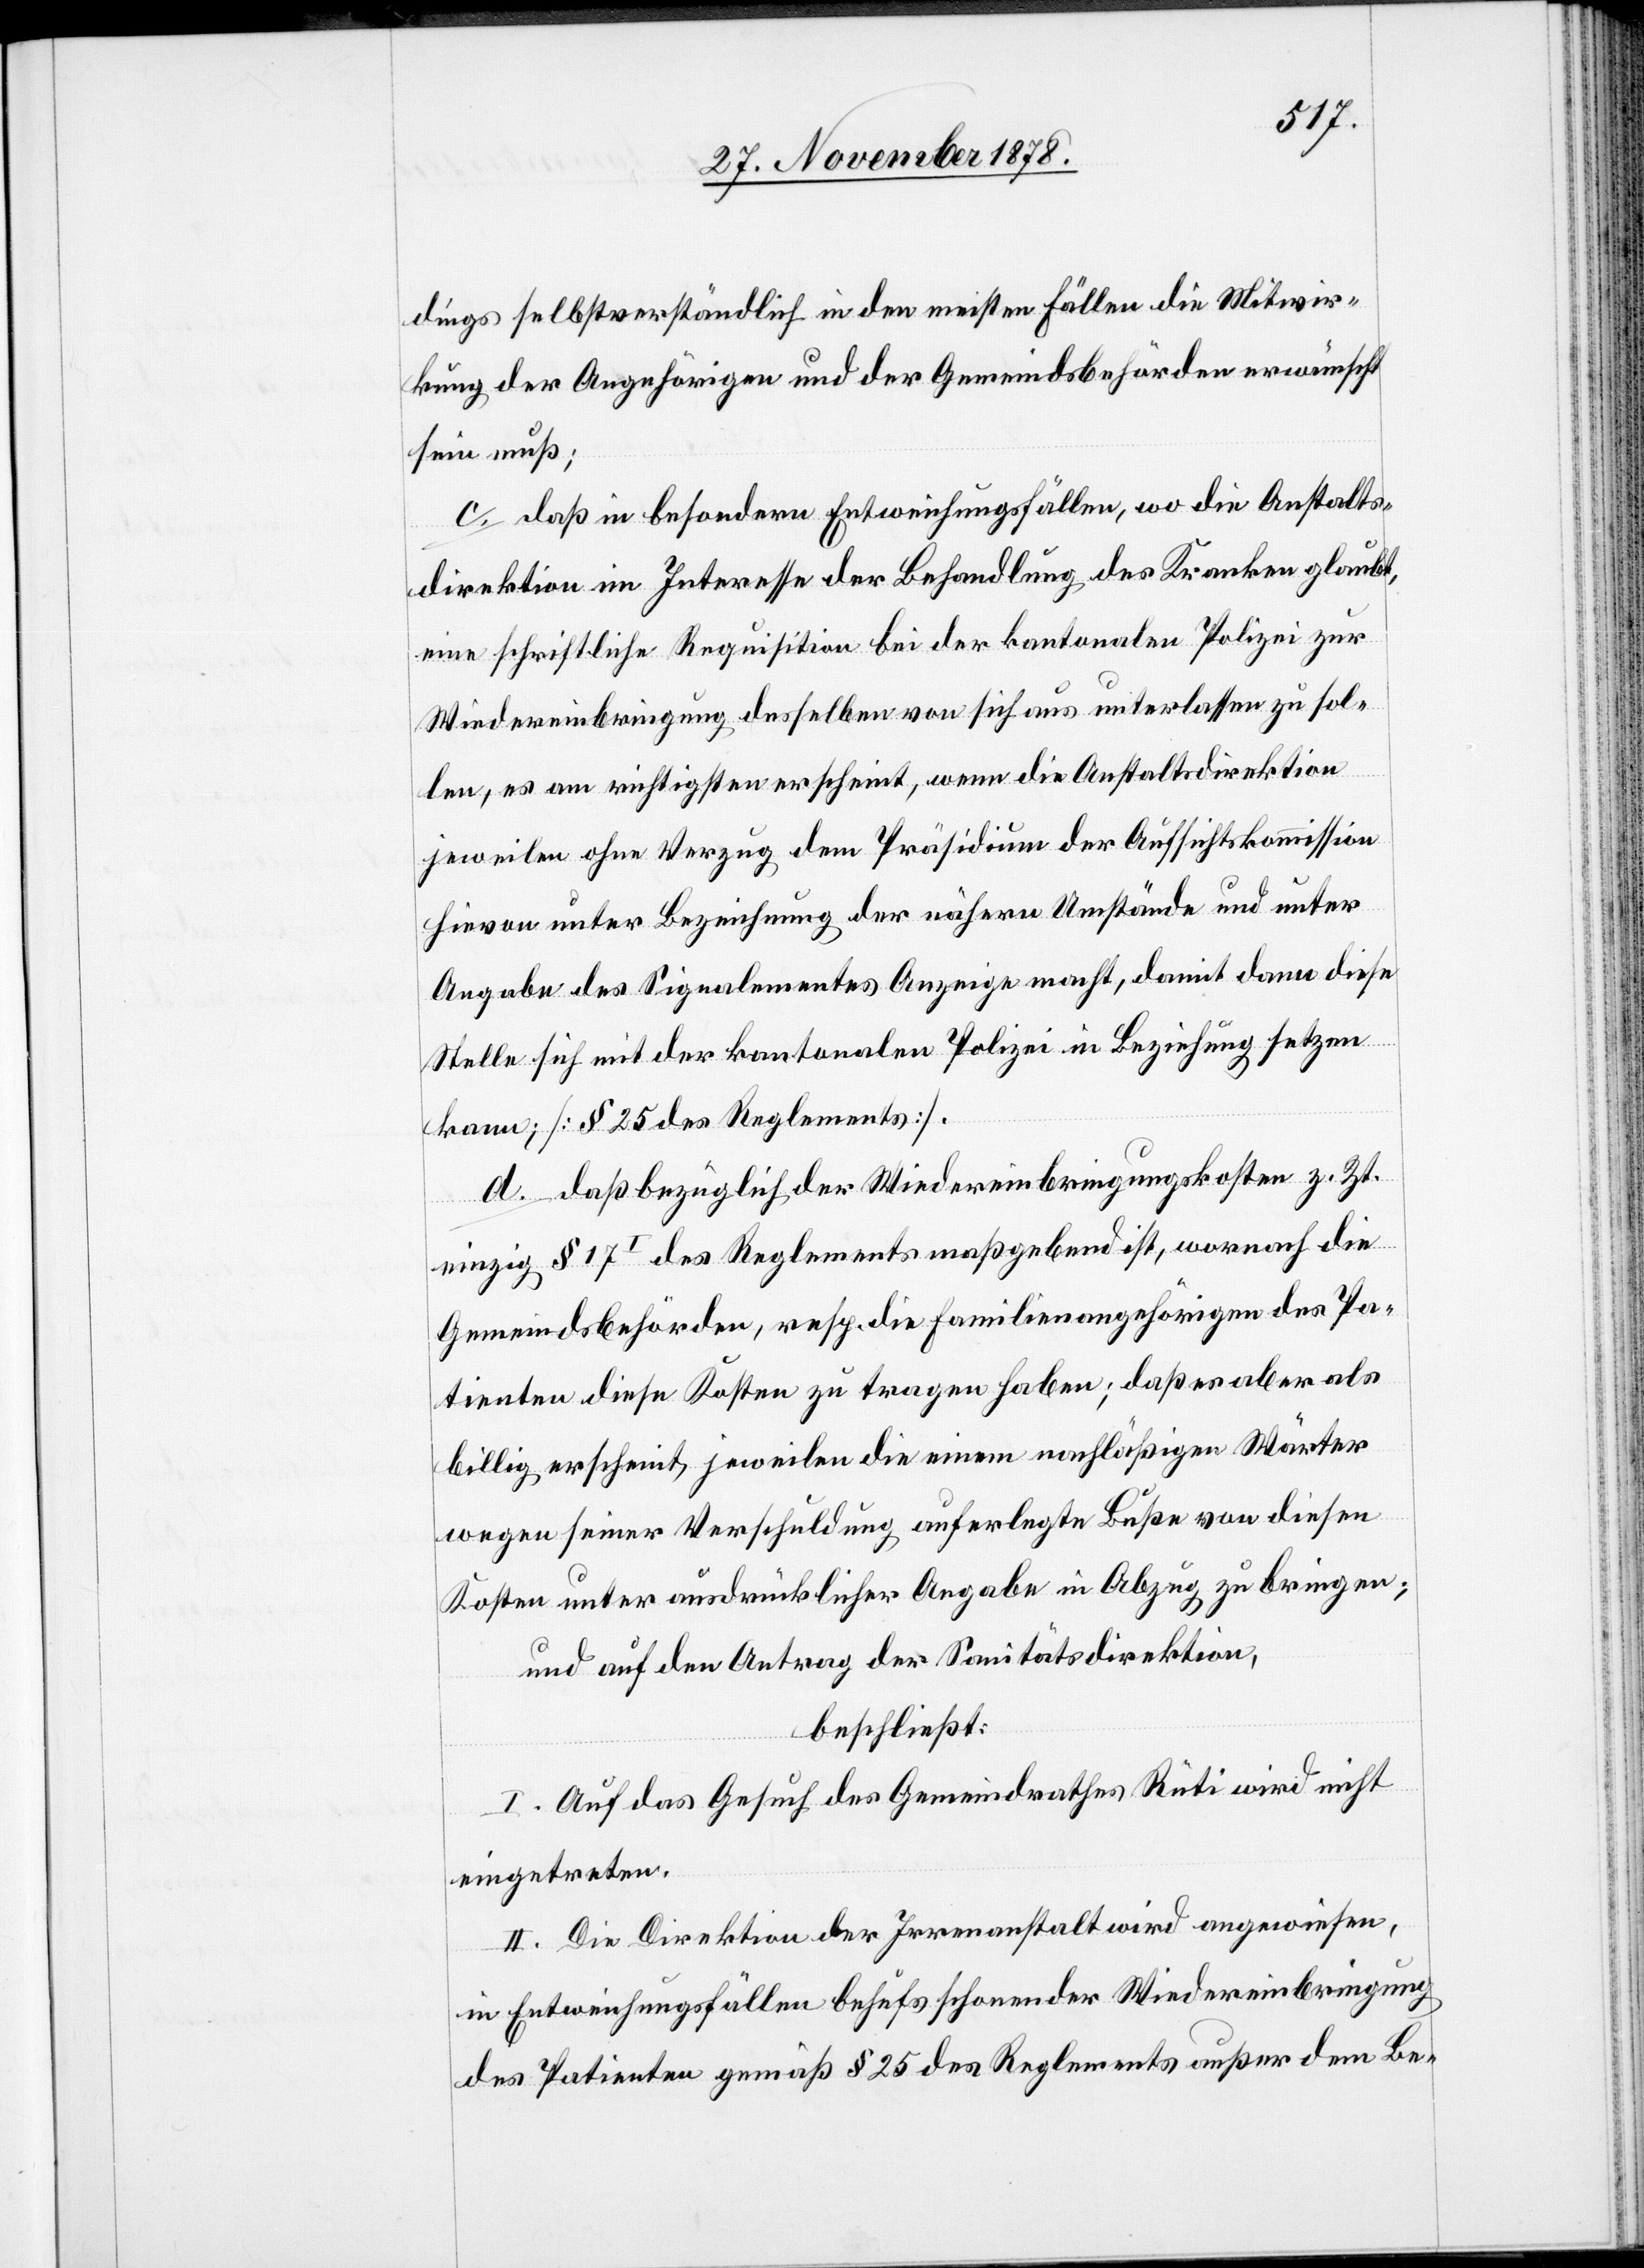
dings selbstverständlich in den meisten Fällen die Mitwir¬
kung der Angehörigen und der Gemeindsbehörden erwünscht
sein muß;
c. daß in besondern Entweichungsfällen, wo die Anstalts¬
direktion im Interesse der Behandlung der Kranken glaubt,
eine schriftliche Requisition bei der kantonalen Polizei zur
Wiedereinbringung desselben von sich aus unterlassen zu sol¬
len, es am richtigsten erscheint, wenn die Anstaltsdirektion
jeweilen ohne Verzug dem Präsidium der Aufsichtskommission
hievon unter Bezeichnung der nähern Umstände und unter
Angabe des Signalementes Anzeige macht, damit dann diese
Stelle sich mit der kantonalen Polizei in Beziehung setzen
kann [§ 25 des Reglements].
d. daß bezüglich der Wiedereinbringungskosten z. Zt.
einzig § 17I des Reglements maßgebend ist, wornach die
Gemeindsbehörden, resp. die Familienangehörigen des Pa¬
tienten diese Kosten zu tragen haben; daß es aber als
billig erscheint, jeweilen die einen nachlässigen Wärter
wegen seiner Verschuldung auferlegte Buße von diesen
Kosten unter ausdrücklicher Angabe in Abzug zu bringen;
und auf den Antrag der Sanitätsdirektion,
beschließt:
I. Auf das Gesuch des Gemeindrathes Rüti wird nicht
eingetreten.
II. Die Direktion der Irrenanstalt wird angewiesen,
in Entweichungsfällen behufs schonender Wiedereinbringung
des Patienten gemäß § 25 des Reglements außer dem Be-